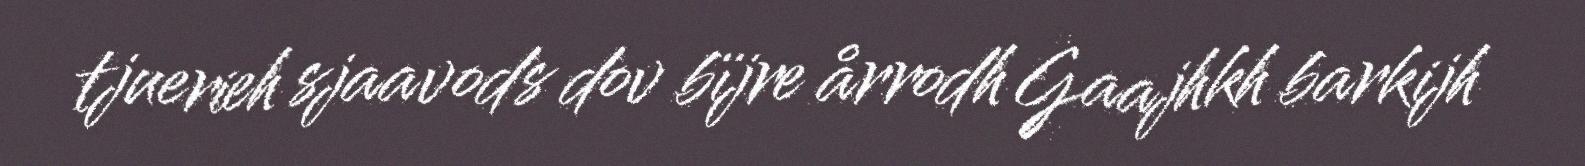
tjuerieh sjaavods dov bïjre årrodh Gaajhkh barkijh